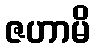
ဇဟာမိ